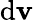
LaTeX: {\mathrm{d}}\mathbf{v}